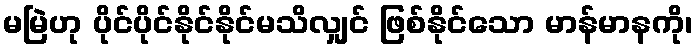
မမြဲဟု ပိုင်ပိုင်နိုင်နိုင်မသိလျှင် ဖြစ်နိုင်သော မာန်မာနကို၊